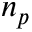
n _ { p }